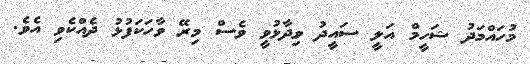
މުހައްމަދު ޝަހީމް އަލީ ސައީދު ވިދާޅުވީ ވެސް މިރޭ ވާހަކަފުޅު ދެއްކެވި އެވެ.